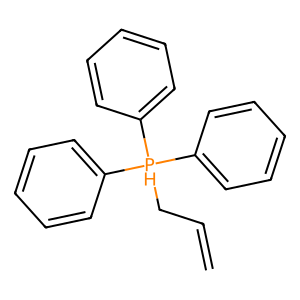
SMILES: C=CC[PH](c1ccccc1)(c1ccccc1)c1ccccc1
Inhibits HIV replication: No